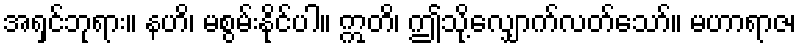
အရှင်ဘုရား။ နဟိ၊ မစွမ်းနိုင်ပါ။ ဣတိ၊ ဤသို့လျှောက်လတ်သော်။ မဟာရာဇ၊